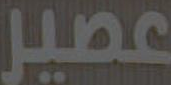
عصير